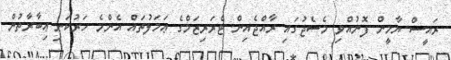
ރައީސް ޔާމީން ފޮނުއްވި މެސެޖުގައި ރާއްޖެއިން ޓެރަރިޒަމްގެ ޢަމަލުތައް އެންމެ ހަރުކަށި ޢިބާރާތުން